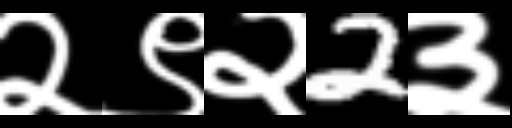
Text: २९२2३